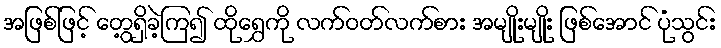
အဖြစ်ဖြင့် တွေ့ရှိခဲ့ကြ၍ ထိုရွှေကို လက်ဝတ်လက်စား အမျိုးမျိုး ဖြစ်အောင် ပုံသွင်း